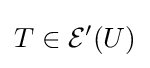
T\in {\mathcal {E}}'(U)